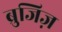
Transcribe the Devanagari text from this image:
ब्रुजिज़